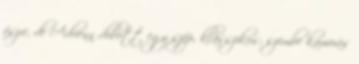
észre, de Adrienn dobott egy szép, klasszikus, szembe kamerás